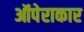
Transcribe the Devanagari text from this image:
ऑपेराकार